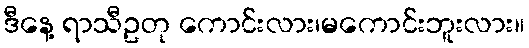
ဒီနေ့ ရာသီဥတု ကောင်းလား၊မကောင်းဘူးလား။